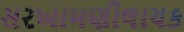
સરખામણીલાયક